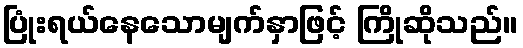
ပြုံးရယ်နေသောမျက်နှာဖြင့် ကြိုဆိုသည်။